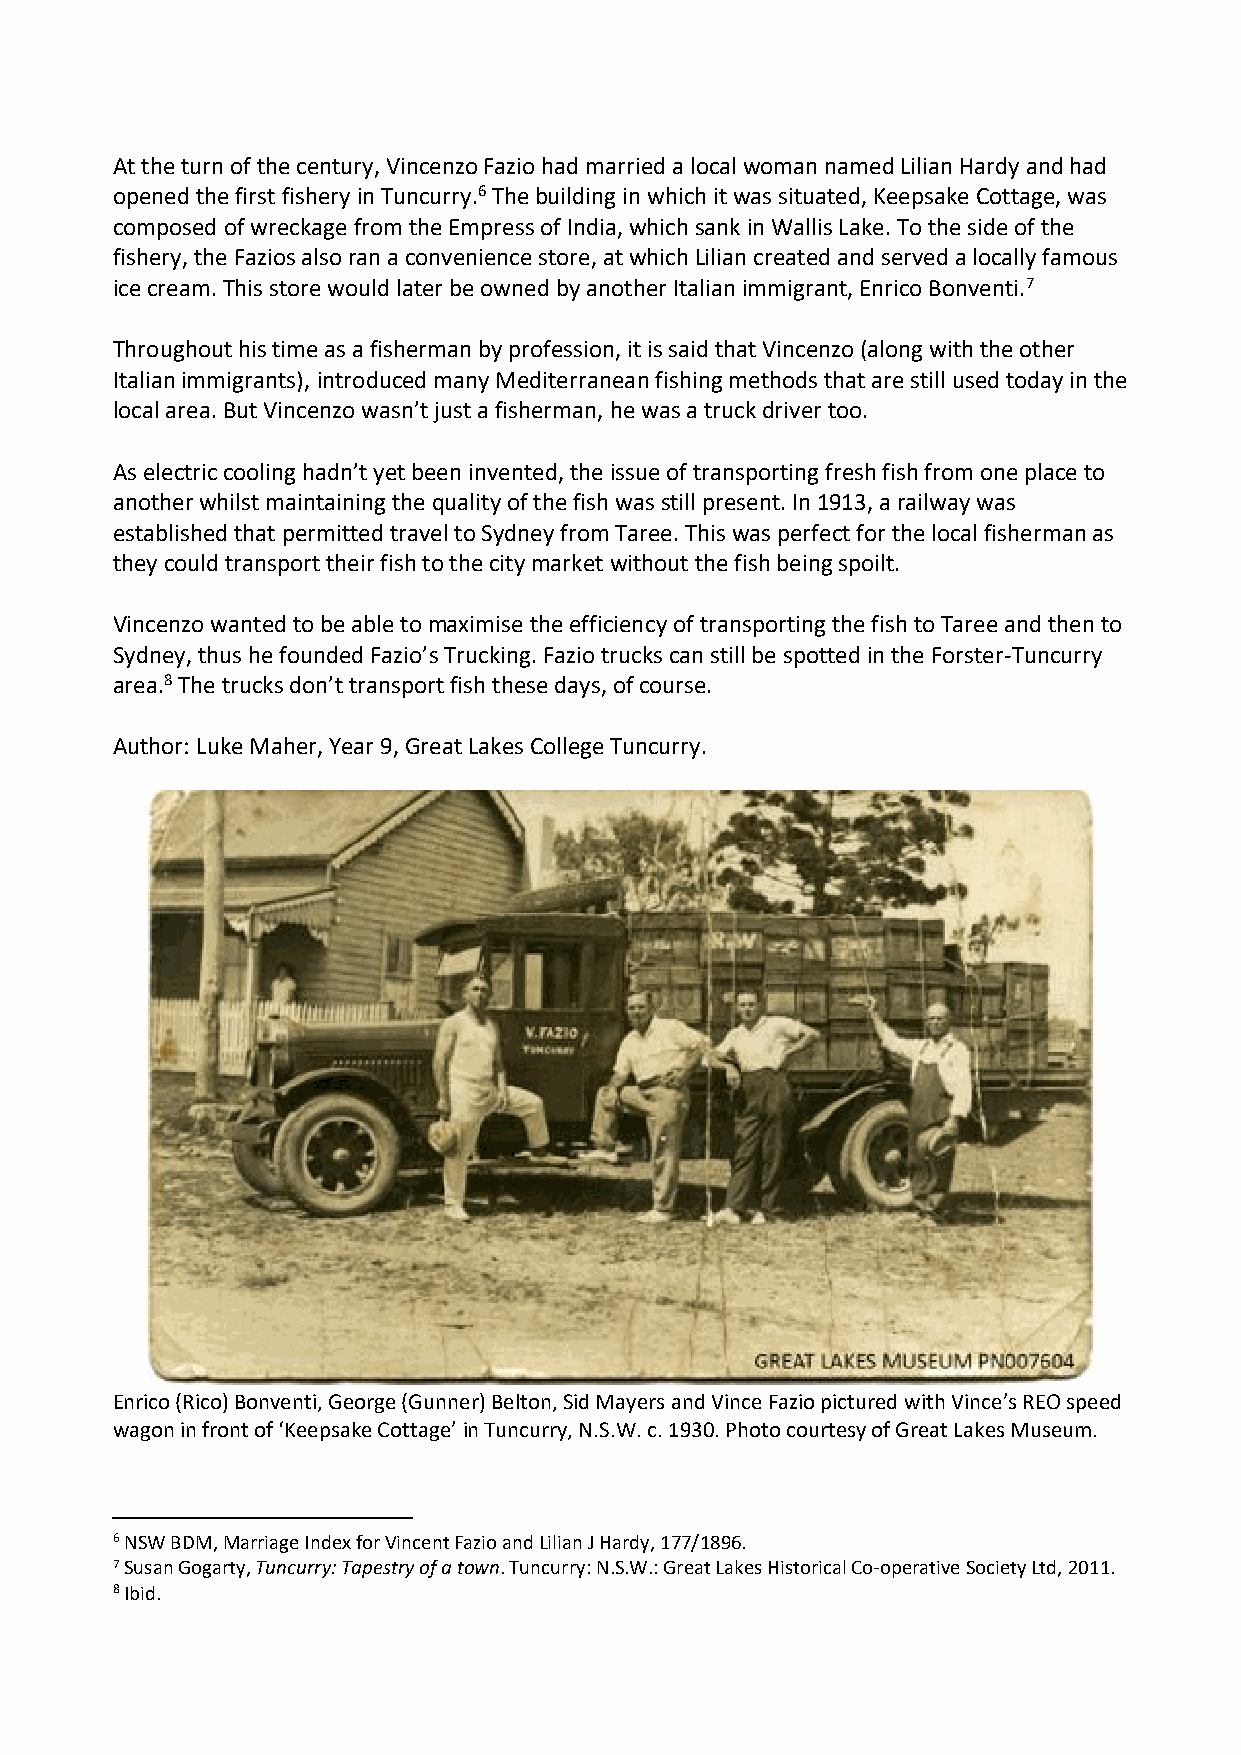
At the turn of the century, Vincenzo Fazio had married a local woman named Lilian Hardy and had
 opened the first fishery in Tuncurry.6 The building in which it was situated, Keepsake Cottage, was
 composed of wreckage from the Empress of India, which sank in Wallis Lake. To the side of the
 fishery, the Fazios also ran a convenience store, at which Lilian created and served a locally famous
 ice cream. This store would later be owned by another Italian immigrant, Enrico Bonventi.7
 Throughout his time as a fisherman by profession, it is said that Vincenzo (along with the other
 Italian immigrants), introduced many Mediterranean fishing methods that are still used today in the
 local area. But Vincenzo wasn’t just a fisherman, he was a truck driver too.
 As electric cooling hadn’t yet been invented, the issue of transporting fresh fish from one place to
 another whilst maintaining the quality of the fish was still present. In 1913, a railway was
 established that permitted travel to Sydney from Taree. This was perfect for the local fisherman as
 they could transport their fish to the city market without the fish being spoilt.
 Vincenzo wanted to be able to maximise the efficiency of transporting the fish to Taree and then to
 Sydney, thus he founded Fazio’s Trucking. Fazio trucks can still be spotted in the Forster-Tuncurry
 area.8 The trucks don’t transport fish these days, of course.
 Author: Luke Maher, Year 9, Great Lakes College Tuncurry.
 Enrico (Rico) Bonventi, George (Gunner) Belton, Sid Mayers and Vince Fazio pictured with Vince’s REO speed
 wagon in front of ‘Keepsake Cottage’ in Tuncurry, N.S.W. c. 1930. Photo courtesy of Great Lakes Museum.
 6 NSW BDM, Marriage Index for Vincent Fazio and Lilian J Hardy, 177/1896.
 7 Susan Gogarty, Tuncurry: Tapestry of a town. Tuncurry: N.S.W.: Great Lakes Historical Co-operative Society Ltd, 2011.
 8 Ibid.